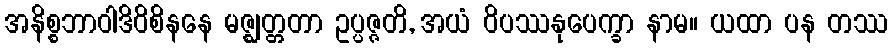
အနိစ္စဘာဝါဒိဝိစိနနေ မဇ္ဈတ္တတာ ဥပ္ပဇ္ဇတိ, အယံ ဝိပဿနုပေက္ခာ နာမ။ ယထာ ပန တဿ